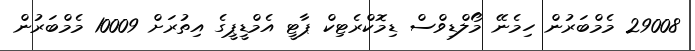
29008 މެމްބަރުން ހިމެނޭ މޯލްޑިވްސް ޑިމޮކްރެޓިކް ޕާޓީ އެމްޑީޕީގެ އިތުރަށް 10009 މެމްބަރުން